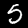
Digit: 5